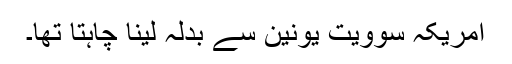
امریکہ سوویت یونین سے بدلہ لینا چاہتا تھا۔